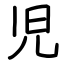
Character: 児